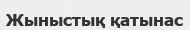
Жыныстық қатынас